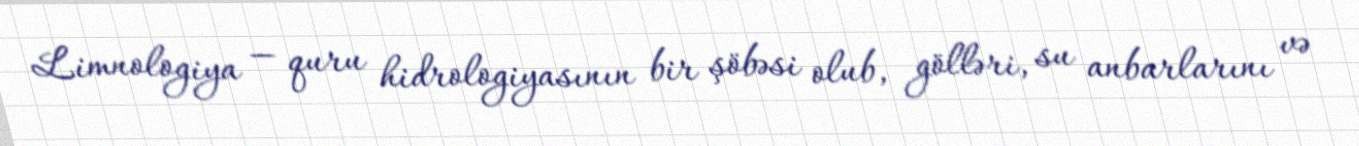
Limnologiya — quru hidrologiyasının bir şöbəsi olub, gölləri, su anbarlarını və